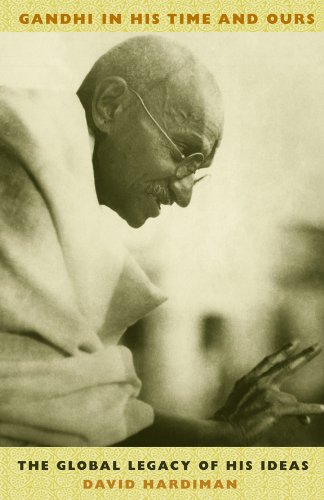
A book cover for Gandhi in His Time and Ours: The Global Legacy of His Ideas; David Hardiman; Religion & Spirituality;